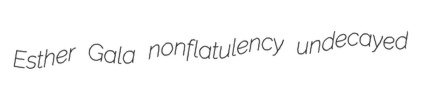
Esther Gala nonflatulency undecayed